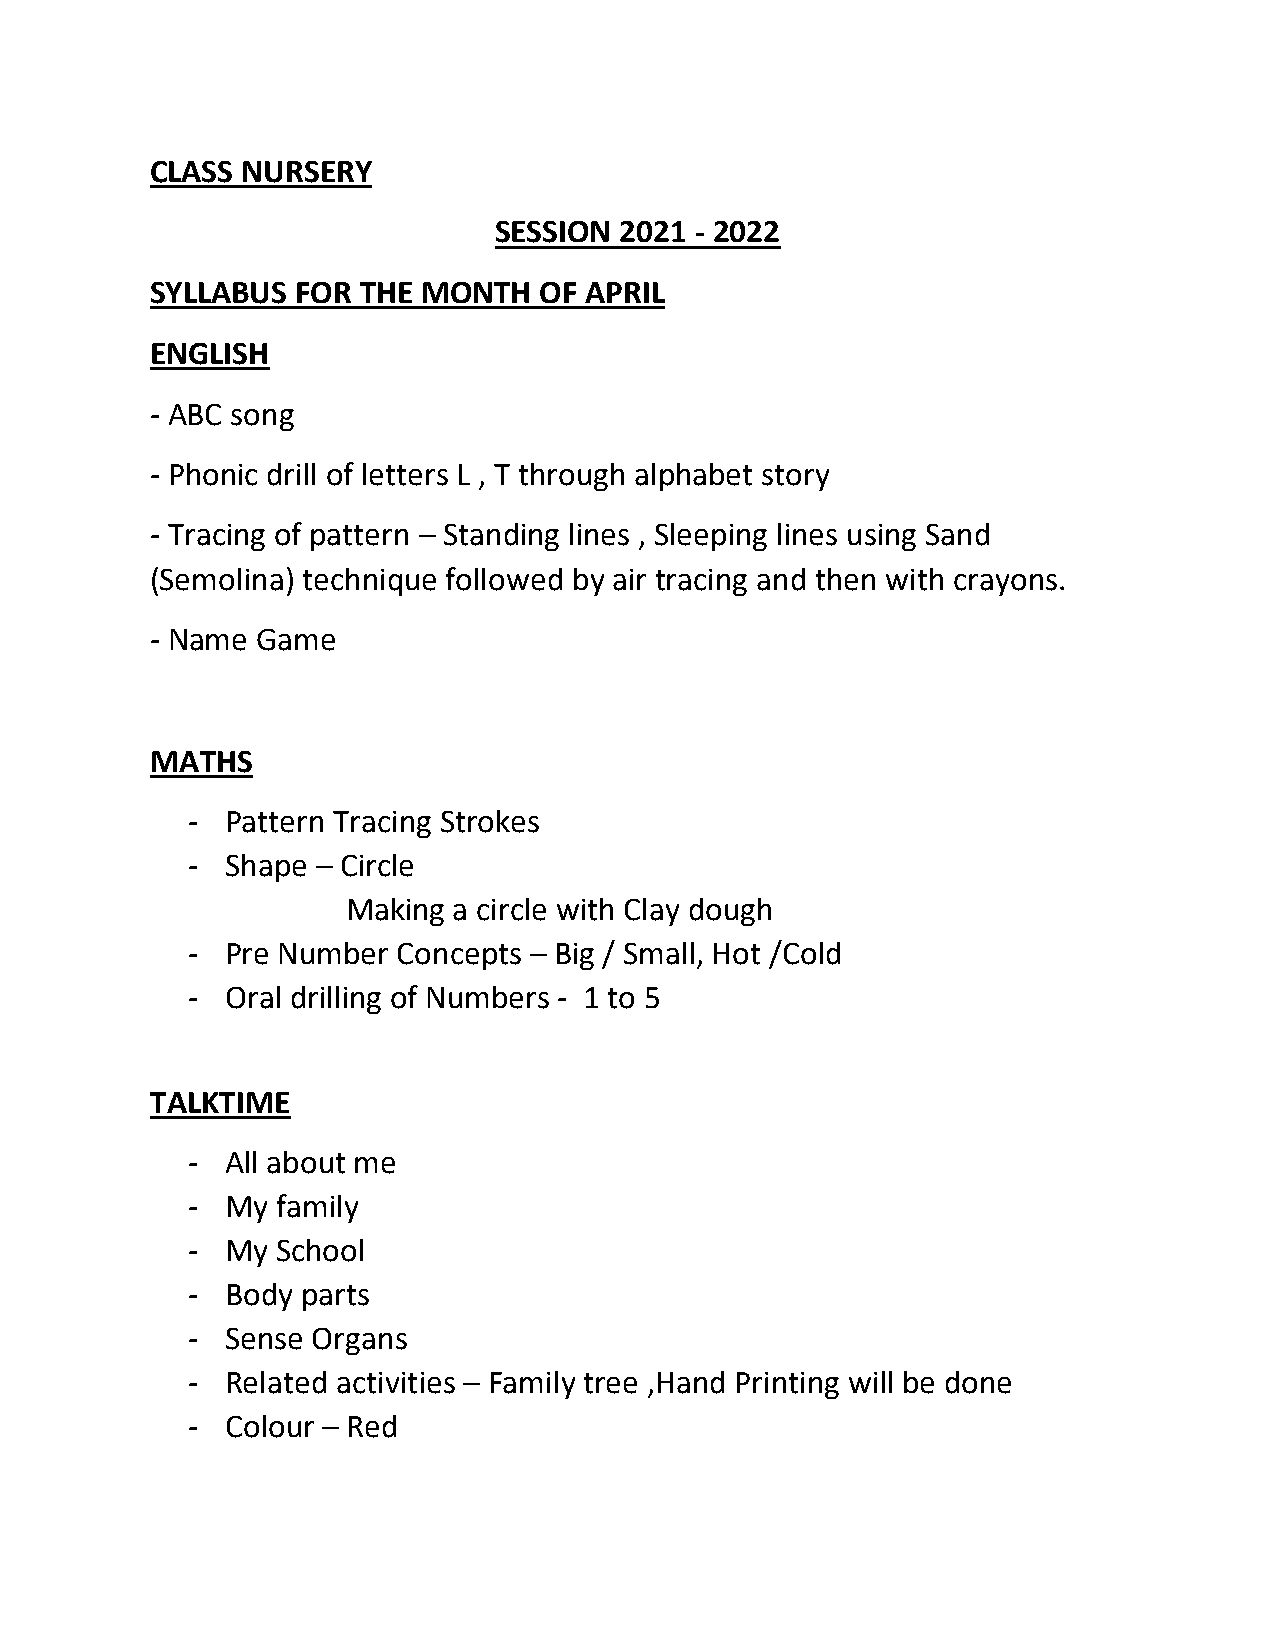
CLASS NURSERY
 SESSION 2021 - 2022
 SYLLABUS  FOR THE MONTH   OF APRIL
 ENGLISH
 - ABC song
 - Phonic drill of letters L , T through alphabet story
 - Tracing of pattern – Standing lines , Sleeping lines using Sand
 (Semolina) technique followed by air tracing and then with crayons.
 - Name Game
 MATHS
 -  Pattern Tracing Strokes
 -  Shape – Circle
 Making a circle with Clay dough
 -  Pre Number Concepts – Big / Small, Hot /Cold
 -  Oral drilling of Numbers - 1 to 5
 TALKTIME
 -  All about me
 -  My family
 -  My School
 -  Body parts
 -  Sense Organs
 -  Related activities – Family tree ,Hand Printing will be done
 -  Colour – Red